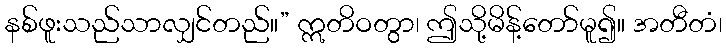
နစ်ဖူးသည်သာလျှင်တည်။” ဣတိဝတွာ၊ ဤသို့မိန့်တော်မူ၍။ အတီတံ၊